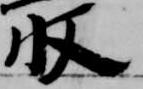
収